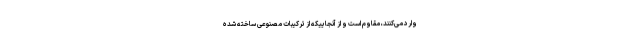
وارد می‌کنند، مقاوم است و از آنجاییکه از ترکیبات مصنوعی ساخته شده